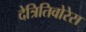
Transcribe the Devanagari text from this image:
देत्रितिवोरेस